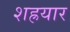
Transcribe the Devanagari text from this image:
शह्रयार